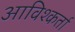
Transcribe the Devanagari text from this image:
आविश्कर्ता